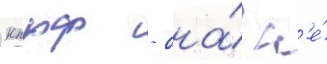
кпрф - она́ н'е́